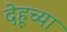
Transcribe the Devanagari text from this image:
देहूच्या